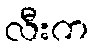
လီးက